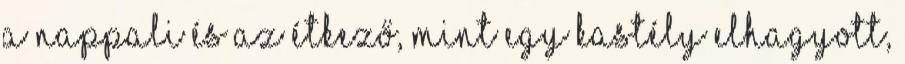
a nappali és az étkező, mint egy kastély elhagyott,